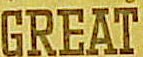
GREAT